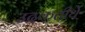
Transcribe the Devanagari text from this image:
उदकतीर्थे